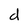
Character: d